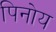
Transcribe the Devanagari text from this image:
पिनोय